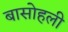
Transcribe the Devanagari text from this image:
बासोहली